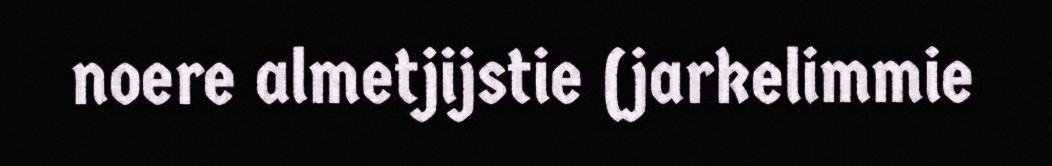
noere almetjijstie (jarkelimmie